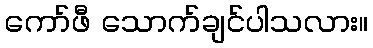
ကော်ဖီ သောက်ချင်ပါသလား။